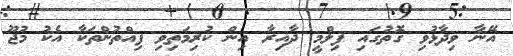
އޭނާ ވިދާޅުވި ގޮތުގައި ފިލްމީ ދާއިރާ އިން ކުރިމަތިވި ފިއްތުންތަކާ އެކު މުޖޫ